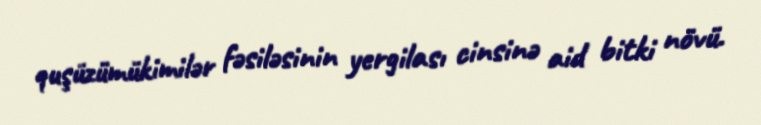
quşüzümükimilər fəsiləsinin yergilası cinsinə aid bitki növü.